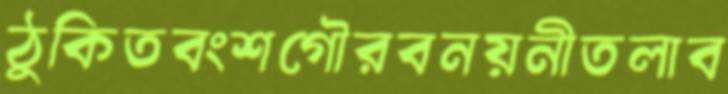
ঠুকিতবংশগৌরবনয়নীতলাব